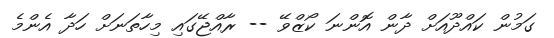
ގަމުން ކައްދޫއަށް ދާން އޮންނަ ކޯޒްވޭ -- ރާއްޖޭގައި މިހާތަނަށް ހަދާ އެންމެ